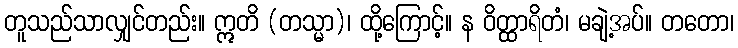
တူသည်သာလျှင်တည်း။ ဣတိ (တသ္မာ)၊ ထို့ကြောင့်။ န ဝိတ္ထာရိတံ၊ မချဲ့အပ်။ တတော၊